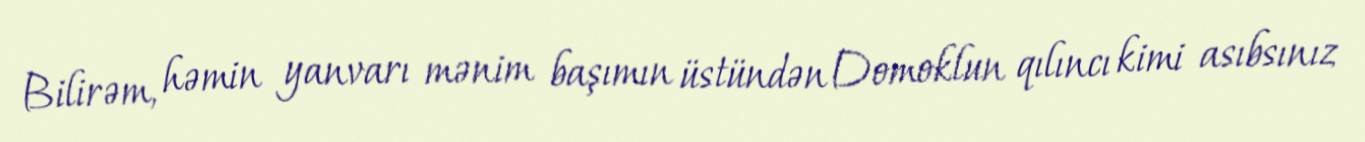
Bilirəm, həmin yanvarı mənim başımın üstündən Domoklun qılıncı kimi asıbsınız